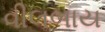
વીલબાય